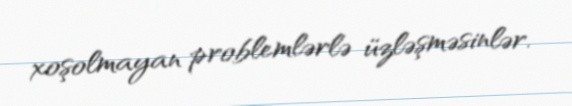
xoşolmayan problemlərlə üzləşməsinlər.